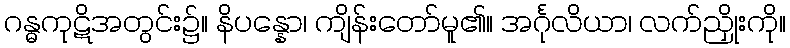
ဂန္ဓကုဋိအတွင်း၌။ နိပန္နော၊ ကျိန်းတော်မူ၏။ အင်္ဂုလိယာ၊ လက်ညှိုးကို။